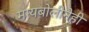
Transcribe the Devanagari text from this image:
मायबोलीनेही